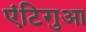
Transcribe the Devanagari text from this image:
एंटिगुआ